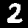
Label: 2